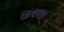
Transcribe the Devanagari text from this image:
डिक्नस